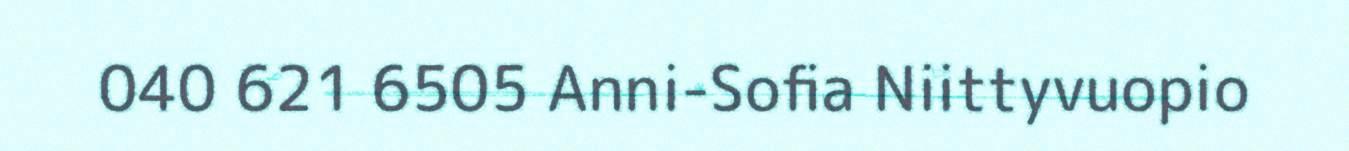
040 621 6505 Anni-Sofia Niittyvuopio